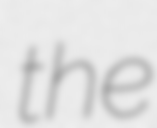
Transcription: the